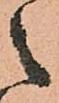
之